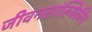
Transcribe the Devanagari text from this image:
जीवनसांख्यिकीय